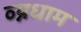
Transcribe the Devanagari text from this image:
व्य्नधाम